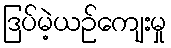
ဒြပ်မဲ့ယဉ်ကျေးမှု